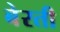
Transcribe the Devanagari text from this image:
बेरती